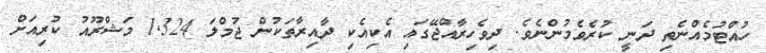
ހުއްޓުމެއްނެތި ދަނީ ކުރެވެމުންނެވެ. ދިވެހިރާއްޖޭގައި އެކިއެކި ދާއިރާތަކުން ޖުމްލަ 1